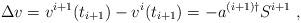
LaTeX: \begin{align*}\Delta v = v^{i+1}(t_{i+1})-v^{i}(t_{i+1}) = - a^{(i+1)\dagger}S^{i+1} ~, \end{align*}